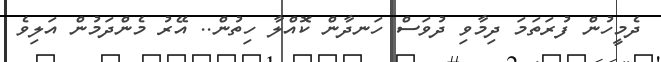
ދެމީހުން ފުރަތަމަ ދިމާވި ދުވަސް ހަނދާން ކޮއްލާ ހިތުން.. އޭރު މެންދަމުން އަލިވެ